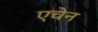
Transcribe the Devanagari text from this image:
एचेन